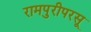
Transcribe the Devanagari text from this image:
रामपुरीपरसू